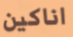
اناكين